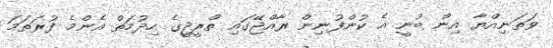
ވަތަނިއްޔާ އިން ބުނީ އެ ކުންފުނިން ރާއްޖޭގައި ތްރީޖީގެ ހިދުމަތް އެންމެ ފުރަތަމަ